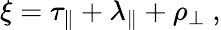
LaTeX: \xi=\tau_{\parallel}+\lambda_{\parallel}+\rho_{\perp}~,